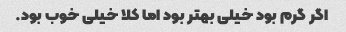
اگر گرم بود خیلی بهتر بود اما کلا خیلی خوب بود.